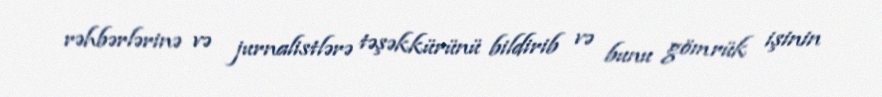
rəhbərlərinə və jurnalistlərə təşəkkürünü bildirib və bunu gömrük işinin